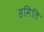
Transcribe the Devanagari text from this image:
हमिति